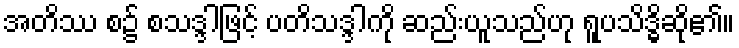
အတိဿ စ၌ စသဒ္ဒါဖြင့် ပတိသဒ္ဒါကို ဆည်းယူသည်ဟု ရူပသိဒ္ဓိဆို၏။